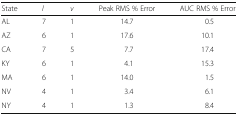
<table><thead><tr><td><b>State</b></td><td><b><i>l</i></b></td><td><b><i>v</i></b></td><td><b>Peak RMS % Error</b></td><td><b>AUC RMS % Error</b></td></tr></thead><tbody><tr><td>AL</td><td>7</td><td>1</td><td>14.7</td><td>0.5</td></tr><tr><td>AZ</td><td>6</td><td>1</td><td>17.6</td><td>10.1</td></tr><tr><td>CA</td><td>7</td><td>5</td><td>7.7</td><td>17.4</td></tr><tr><td>KY</td><td>6</td><td>1</td><td>4.1</td><td>15.3</td></tr><tr><td>MA</td><td>6</td><td>1</td><td>14.0</td><td>1.5</td></tr><tr><td>NV</td><td>4</td><td>1</td><td>3.4</td><td>6.1</td></tr><tr><td>NY</td><td>4</td><td>1</td><td>1.3</td><td>8.4</td></tr></tbody></table>